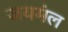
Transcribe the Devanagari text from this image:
जयमंल